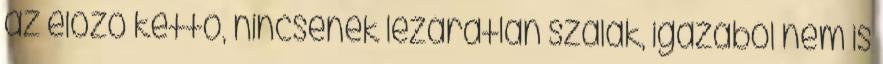
az előző kettő, nincsenek lezáratlan szálak, igazából nem is